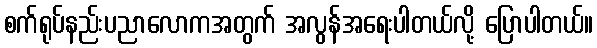
စက်ရုပ်နည်းပညာလောကအတွက် အလွန်အရေးပါတယ်လို့ ပြောပါတယ်။